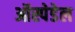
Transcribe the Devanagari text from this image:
ऑस्पेडेल